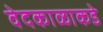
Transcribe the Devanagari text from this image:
वेदकाळाकडे